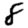
Digit: 8